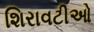
શિરાવટીઓ